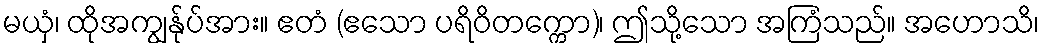
မယှံ၊ ထိုအကျွန်ုပ်အား။ ဧတံ (ဧသော ပရိဝိတက္ကော)၊ ဤသို့သော အကြံသည်။ အဟောသိ၊